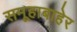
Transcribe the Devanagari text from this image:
समूहाबाहेर